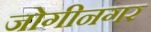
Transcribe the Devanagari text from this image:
जोगीनगर